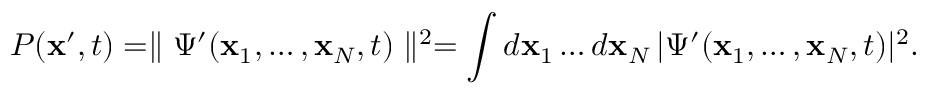
P ( { \bf x } ^ { \prime } , t ) = \parallel \Psi ^ { \prime } ( { \bf x } _ { 1 } , \ldots , { \bf x } _ { N } , t ) \parallel ^ { 2 } = \int d { \bf x } _ { 1 } \ldots d { \bf x } _ { N } \, | \Psi ^ { \prime } ( { \bf x } _ { 1 } , \ldots , { \bf x } _ { N } , t ) | ^ { 2 } .